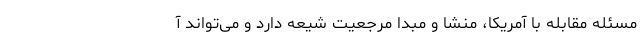
مسئله مقابله با آمریکا، منشا و مبدا مرجعیت شیعه دارد و می‌تواند آ